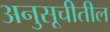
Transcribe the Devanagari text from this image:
अनुसूचीतील